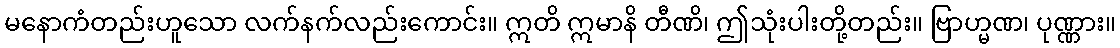
မနောကံတည်းဟူသော လက်နက်လည်းကောင်း။ ဣတိ ဣမာနိ တီဏိ၊ ဤသုံးပါးတို့တည်း။ ဗြာဟ္မဏ၊ ပုဏ္ဏား။